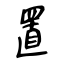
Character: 置